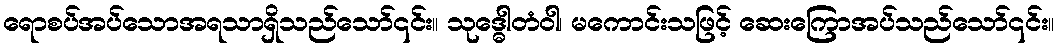
ရောစပ်အပ်သောအရသာရှိသည်သော်၎င်း။ သုဒ္ဓေါတံဝါ၊ မကောင်းသဖြင့် ဆေးကြောအပ်သည်သော်၎င်း။